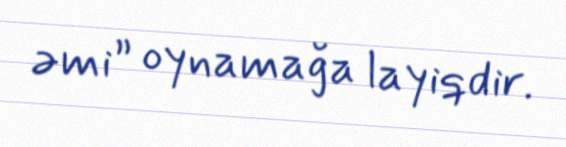
əmi” oynamağa layiqdir.